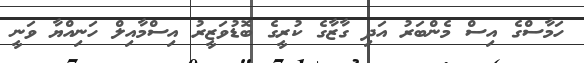
ހަމާސްގެ އިސް މެންބަރު އަދި ގާޒާގެ ކުރީގެ ބޮޑުވަޒީރު އިސްމާއިލް ހަނިއްޔާ ވަނީ